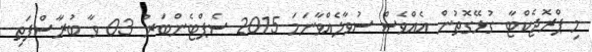
މި ޕްރޮޖެކްޓާ ގުޅޭގޮތުން އެއްވެސް ސުވާލެއްވާނަމަ 2015 ސެޕްޓެންބަރު 03 ވާ ބުރާސްފަތި